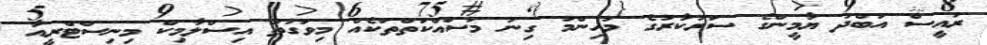
ރައީސް އަބްދު ޔާމީންގެ ސަރުކާރުގެ މުހިންމު ގިނަ މަސައްކަތްތަކެއް މިވަގުތު އިސްލާމިކް މިނިސްޓްރީއާ